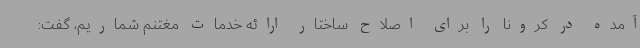
آمده در کرونا را برای اصلاح ساختار ارائه خدمات مغتنم شماریم، گفت: